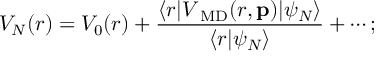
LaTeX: V _ { N } ( r ) = V _ { 0 } ( r ) + \frac { \langle r | V _ { \mathrm { \scriptsize ~ M D } } ( r , { \mathbf p } ) | \psi _ { N } \rangle } { \langle r | \psi _ { N } \rangle } + \cdots ;